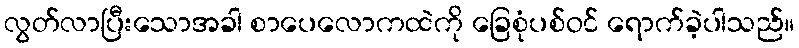
လွတ်လာပြီးသောအခါ စာပေလောကထဲကို ခြေစုံပစ်ဝင် ရောက်ခဲ့ပါသည်။